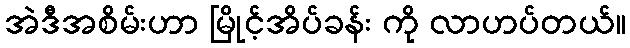
အဲဒီအစိမ်းဟာ မြိုင့်အိပ်ခန်း ကို လာဟပ်တယ်။